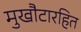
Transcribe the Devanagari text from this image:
मुखौटारहित